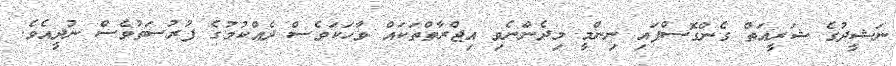
ނަޝީދުގެ ޝަރީއަތް ގެންގޮސްފައި ނިންމީ މިދެންނެވި އިޖްރާތްތަކައް ވާހަކަވެސް ދެއްކުމުގެ ފުރުސަތުވެސް ނުދީއެވެ.